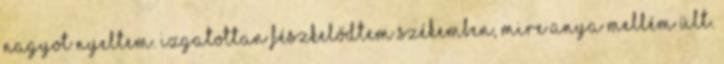
nagyot nyeltem. Izgatottan fészkelődtem székemben, mire anya mellém ült.